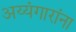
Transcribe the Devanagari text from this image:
अय्यंगारांना